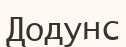
Додунс